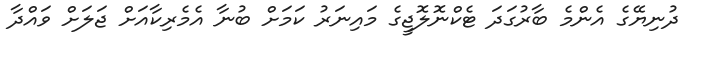
ދުނިޔޭގެ އެންމެ ބާރުގަދަ ޓެކްނޮލޮޖީގެ މައިނަރު ކަމަށް ބުނާ އެމެރިކާއަށް ޖަލަށް ވައްދާ